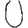
Digit: 0